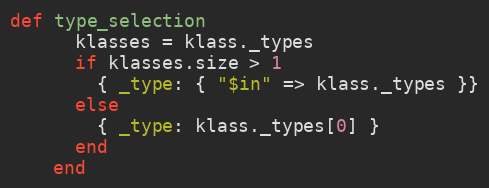
Language: Ruby
def type_selection
      klasses = klass._types
      if klasses.size > 1
        { _type: { "$in" => klass._types }}
      else
        { _type: klass._types[0] }
      end
    end